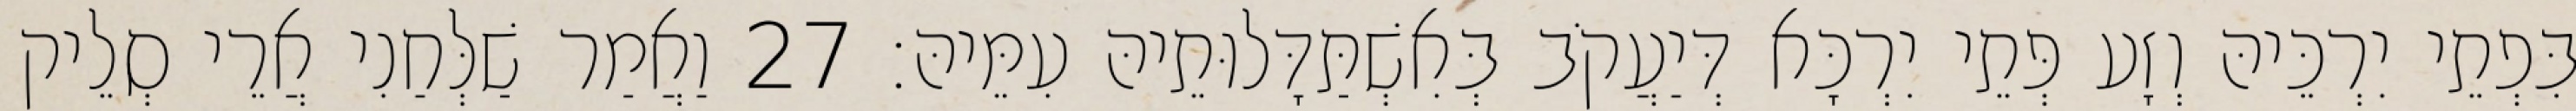
בִּפְתֵי יִרְכֵּיהּ וְזָע פְּתֵי יִרְכָּא דְּיַעֲקֹב בְּאִשְׁתַּדָּלוּתֵיהּ עִמֵּיהּ׃ 27 וַאֲמַר שַׁלְּחַנִי אֲרֵי סְלֵיק